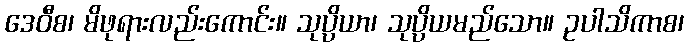
ဒေဝီစ၊ မိဖုရားလည်းကောင်း။ သုပ္ပိယာ၊ သုပ္ပိယမည်သော။ ဥပါသိကာစ၊